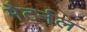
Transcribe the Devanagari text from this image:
मैटर्नल